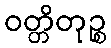
ဝတ္တိတုဉ္စ